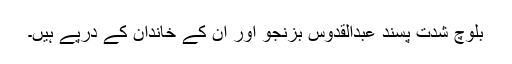
بلوچ شدت پسند عبدالقدوس بزنجو اور ان کے خاندان کے درپے ہیں۔